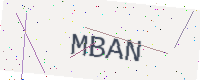
Text: MBAN